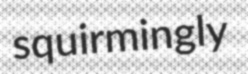
squirmingly